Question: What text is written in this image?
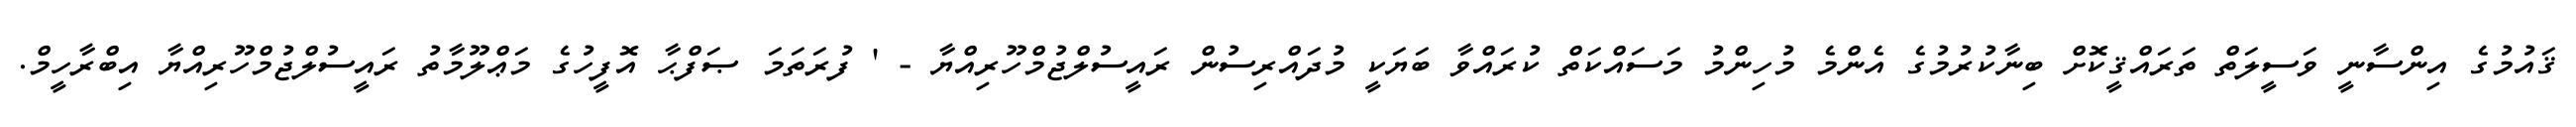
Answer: ޤައުމުގެ އިންސާނީ ވަސީލަތް ތަރައްޤީކޮށް ބިނާކުރުމުގެ އެންމެ މުހިންމު މަސައްކަތް ކުރައްވާ ބަޔަކީ މުދައްރިސުން ރައީސުލްޖުމްހޫރިއްޔާ - ' ފުރަތަމަ ޞަފްޙާ އޮފީހުގެ މަޢްލޫމާތު ރައީސުލްޖުމްހޫރިއްޔާ އިބްރާހީމް.